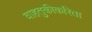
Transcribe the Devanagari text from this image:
वाहतुकीकरिता